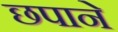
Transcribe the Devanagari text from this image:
छपाने